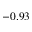
- 0 . 9 3